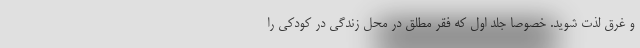
و غرق لذت شوید. خصوصا جلد اول که فقر مطلق در محل زندگی در کودکی را